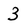
Character: 3